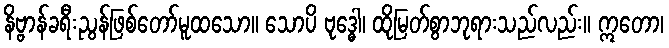
နိဗ္ဗာန်ခရီးညွန်ဖြစ်တော်မူထသော။ သောပိ ဗုဒ္ဓေါ၊ ထိုမြတ်စွာဘုရားသည်လည်း။ ဣတော၊